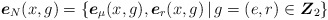
\begin{align*}\mbox{\boldmath{$e$}}_N(x,g)=\left\{\mbox{\boldmath{$e$}}_\mu(x,g), \mbox{\boldmath{$e$}}_r(x,g)\,|\, g=(e, r)\in \mbox{\boldmath{$Z$}}_2\right\}\end{align*}